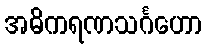
အဓိကရဏသင်္ဂဟော